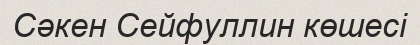
Сәкен Сейфуллин көшесі